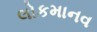
લોકમાનવ